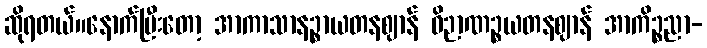
ဆိုရတယ်။နောက်ပြီးတော့ အာကာသာနဉ္စာယတနဈာန် ဝိဉာဏဉ္စယတနဈာန် အာကိဉ္စညာ-